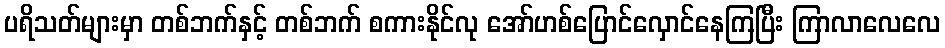
ပရိသတ်များမှာ တစ်ဘက်နှင့် တစ်ဘက် စကားနိုင်လု အော်ဟစ်ပြောင်လှောင်နေကြပြီး ကြာလာလေလေ